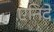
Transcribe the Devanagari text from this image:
एनिदे